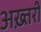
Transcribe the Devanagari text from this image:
अख़्तरी